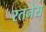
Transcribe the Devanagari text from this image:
रतनेस